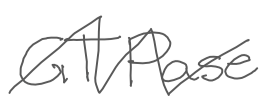
Text: GTPase
Cross-out: zig-zag
Writing tool: digital_gray